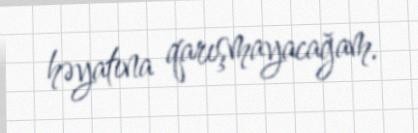
həyatına qarışmayacağam.